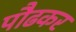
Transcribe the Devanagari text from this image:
पौढकर